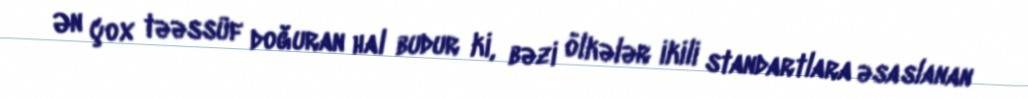
Ən çox təəssüf doğuran hal budur ki, bəzi ölkələr ikili standartlara əsaslanan